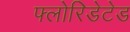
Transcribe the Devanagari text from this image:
फ्लोरिडेटेड